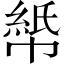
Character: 𫷏